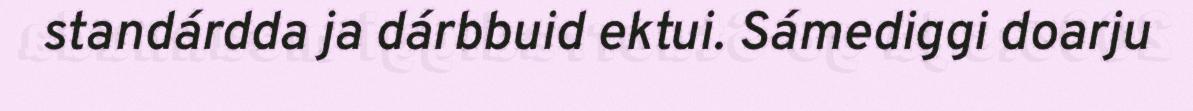
standárdda ja dárbbuid ektui. Sámediggi doarju